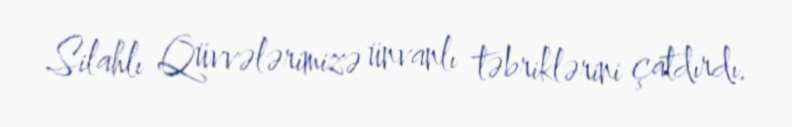
Silahlı Qüvvələrimizə ünvanlı təbriklərini çatdırdı.